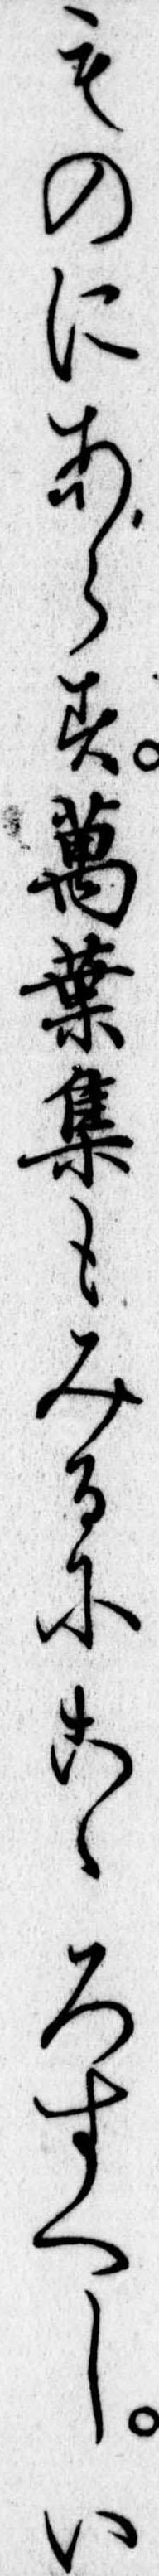
ものにあらす万葉集もみるにこゝろすへしい